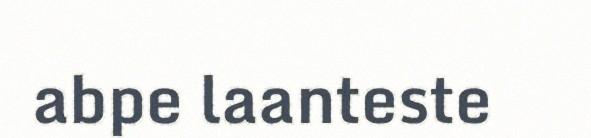
abpe laanteste